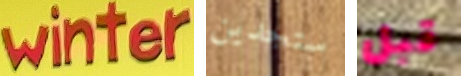
winter ستجدين قبل